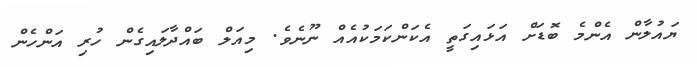
ޔައުލާން އެންމެ ބޮޑަށް އަޅައިގަތީ އެކަންކަމަކުއެއް ނޫނެވެ. މިއަލް ބައްދާލައިގެން ހުރި އަންހެން